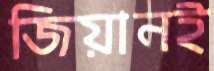
জিয়ানই